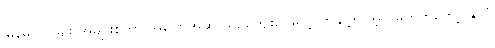
မြန်မာ လူမျိုး အများစုဟာ အပြောအဆို ယဉ်ကျေးပေမယ့် တချို့က အဲ့လိုမဟုတ်တော့ နိုင်ငံ